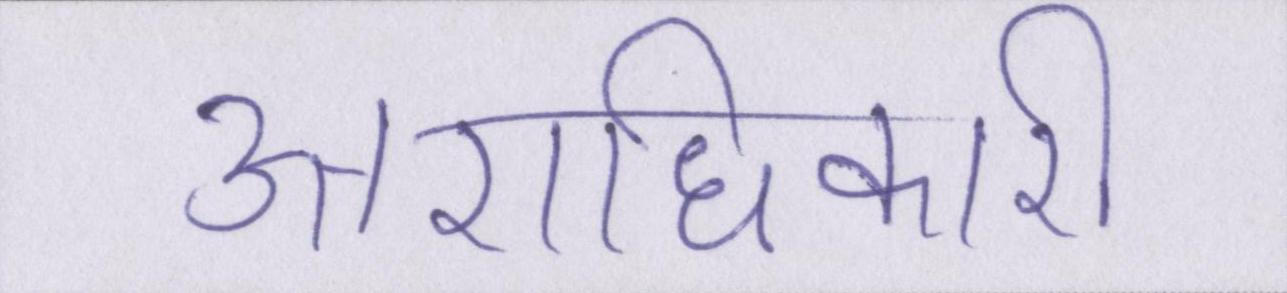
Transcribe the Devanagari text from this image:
उत्तराधिकारी